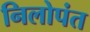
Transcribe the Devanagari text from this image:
निलोपंत